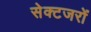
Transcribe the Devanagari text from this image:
सेक्टजरों